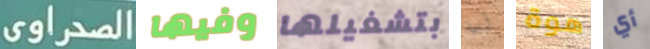
الصحراوى وفيها بتشغيلها أيها هوة أي